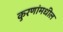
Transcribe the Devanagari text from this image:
कुरणांमधील